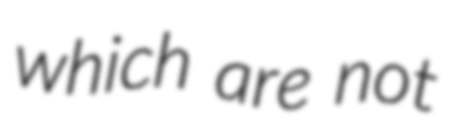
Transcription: which are not